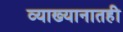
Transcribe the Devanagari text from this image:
व्याख्यानातही